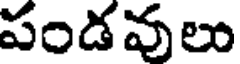
పండవులు